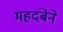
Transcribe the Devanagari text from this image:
महदंबेने